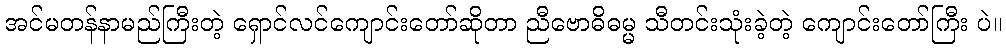
အင်မတန်နာမည်ကြီးတဲ့ ရှောင်လင်ကျောင်းတော်ဆိုတာ ညီဗောဓိဓမ္မ သီတင်းသုံးခဲ့တဲ့ ကျောင်းတော်ကြီး ပဲ။